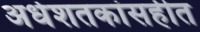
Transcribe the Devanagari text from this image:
अर्धशतकांसहीत